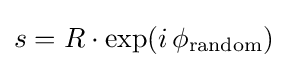
s=R\cdot \exp(i\,\phi _{\text{random}})